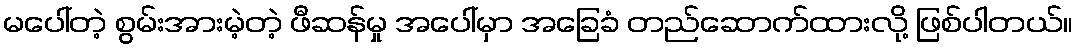
မပေါ်တဲ့ စွမ်းအားမဲ့တဲ့ ဖီဆန်မှု အပေါ်မှာ အခြေခံ တည်ဆောက်ထားလို့ ဖြစ်ပါတယ်။